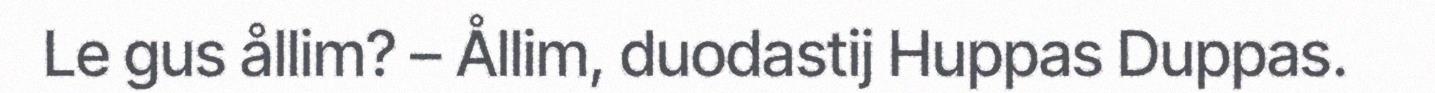
Le gus ållim? – Ållim, duodastij Huppas Duppas.